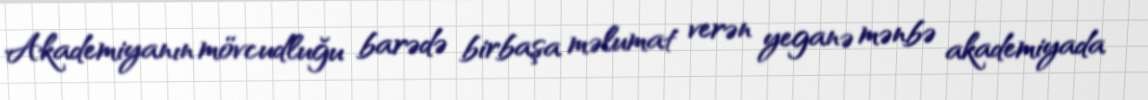
Akademiyanın mövcudluğu barədə birbaşa məlumat verən yeganə mənbə akademiyada